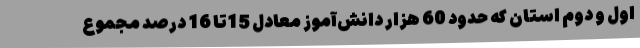
اول و دوم استان که حدود 60 هزار دانش‌آموز معادل 15تا 16 درصد مجموع